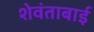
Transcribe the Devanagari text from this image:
शेवंताबाई